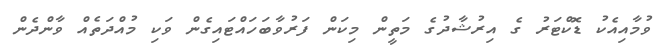
ވުމާއިއެކު ޑޮކްޓަރު ގެ އިރުޝާދުގެ މަތީން މިކަން ފަރުވާބަހައްޓައިގެން ވަކި މުއްދަތެއް ވާންދެން